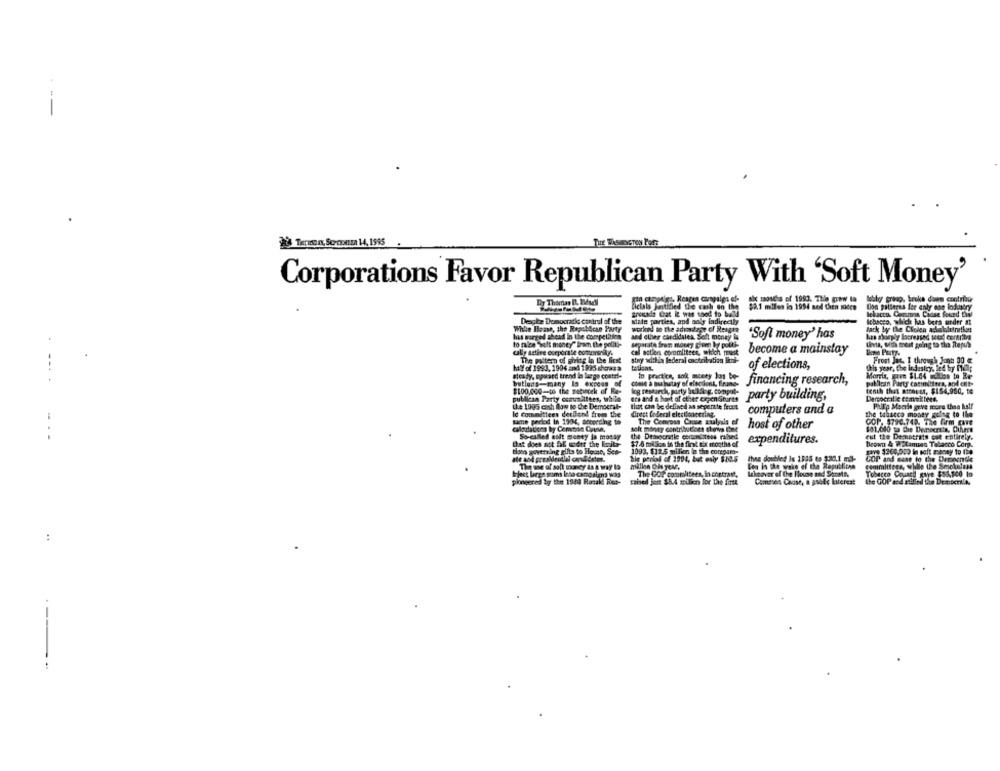
-- --
Teren, SerOxIE 14, 1995
THE WASHINGTON POST
Corporations Favor Republican Party With 'Soft Money'
man canptigy, Reagen carpales ef-
ex mondta of 1993. The gow ta
lobby graag, broka dans contribu
tidied the cash on the
$8.1 miles in 1994 sol Chen nieco
Don palteras for enly son lodostry
grounds Crat I was sood io bild
Degibe Democratic control of the
state parties, and only indirectly
Ichacco, which jus bera under at
While Ilease, the RepetScan Partr
worked so the adinsdage of Resgta
Jack by the Clolen acheloleinetion
has surged ahead in the competition
and other candidalek. Solt money is
'Soft money' has
has aktierply lacreased total eertriba
to malen "sott money" Bram the politi-
Separate from money cheen by polti
tva, with meat going to the Repub
cally active corporate comamenity
cal actiens coromliteen, which must
become a mainstay
The pattern of giving in the first
Stay withia lederal cactribution lint-
Frost Jat, I through Jont 00 @
hay of 1993, 1904 and 1995 sheasa
of elections,
This year, the industry, led by help
steady, opened trend la lege contri-
In practice, soft musty jons bo-
Maria, pues $1 64 wclos to Be
butlens-many Is expoun
come a mainstay of elaccont, friss
financing research,
pallloin Party committees, and chit-
$100.000-to the naturek of Re-
log research, party belik g. comput-
tenth that atroust, $154,950, te
publican Party comumlitees, while
ere and a hort of ether cepensitures
party building,
Democratie committees.
Lhe 1995 cash flow to the Democrat-
that can be defined as separate front
Pullip Morde geve more than half
Id Committees derland from the
Crect Coderal electionnering.
computers and a
the tabacco money gelse to the
ume period In 1904, bocording to
The Coneoss Case zulysis ef
host of other
GOD. 3790.748. The firm gare
calculations by Common Cause,
solt money contributions shows Chat
$81,610 ta the Democrats, Others
So-called solt money in monay
the Democratie cornistees raised
expenditures.
eut the Democrats cut entirely.
that does not fl erdet the lionite-
$7.6 million in the fink six months of
Beown & WELamion Tabacco Corp.
Eigen governing gifts to Home, Ses-
1093. $11.5 million in the
a la the corepare-
cave $266,000 in soft manty to the
ble period of 1994, but only $10.5
thing doubled is 1935 to 5:30,1 ml-
COP and dese to the Dementie
The we of soft money is a way 19
millon Cls yel.
Fea in the wake of the Republicen
committees, while the Smokeless
bject large sums Into campaign3 23
The Cor committees, in contrast,
Lakoaver of the House and Spratt
Tobacco Council gave $54.500 lo
pioneered by the 1944 Rosakl Ret-
raised jort $5.4 million for the first
Comees Cause, a gsele laterest
..